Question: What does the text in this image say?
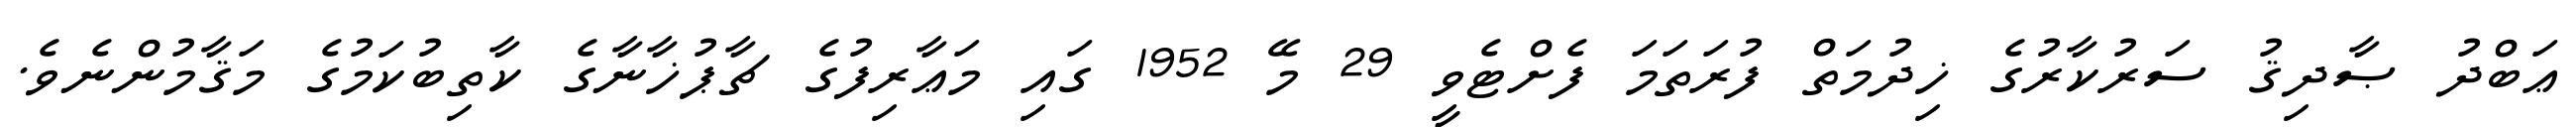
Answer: ޢަބްދު ޞާދިޤު ސަރުކާރުގެ ޚިދުމަތް ފުރަތަމަ ފެށްޓެވީ 29 މޭ 1952 ގައި މަޢާރިފުގެ ޗާޕުޚާނާގެ ކާތިބުކަމުގެ މަޤާމުންނެވެ.